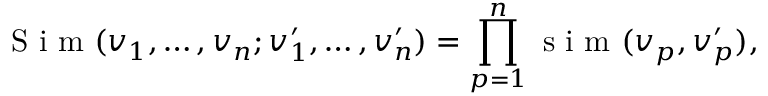
\mathrm { ~ S ~ i ~ m ~ } ( v _ { 1 } , \ldots , v _ { n } ; v _ { 1 } ^ { \prime } , \ldots , v _ { n } ^ { \prime } ) = \prod _ { p = 1 } ^ { n } \mathrm { ~ s ~ i ~ m ~ } ( v _ { p } , v _ { p } ^ { \prime } ) ,